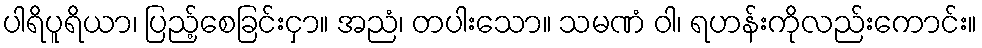
ပါရိပူရိယာ၊ ပြည့်စေခြင်းငှာ။ အညံ၊ တပါးသော။ သမဏံ ဝါ၊ ရဟန်းကိုလည်းကောင်း။